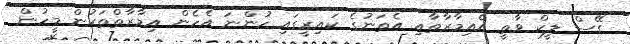
ގޭސް ލީކް ވާތީ އެއިމާރާތާއި އެތަނުގެ ކައިރީގައި ހުންނަ އެހެން އިމާރާތްތަކުން މީހުން